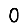
Digit: 0